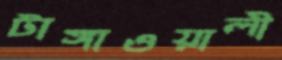
টাঙ্গাওয়ালী